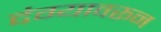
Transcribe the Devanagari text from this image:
दंग्यावरून